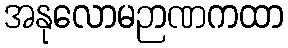
အနုလောမဉာဏကထာ